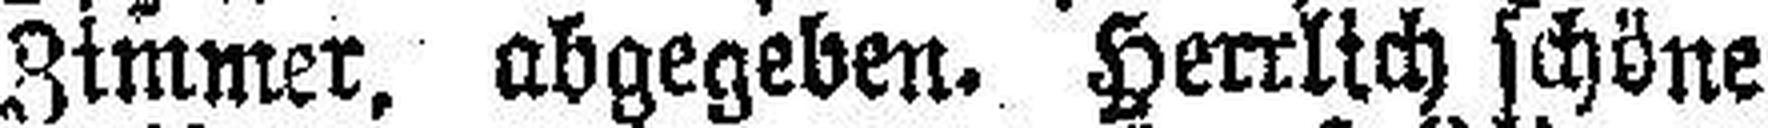
Zimmer, abgegeben. Herrlich schöne